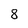
Character: 8